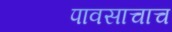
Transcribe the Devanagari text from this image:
पावसाचाच